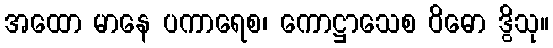
အထော မာနေ ပကာရေစ၊ ကောဋ္ဌာသေစ ဝိဓော ဒွိသု။